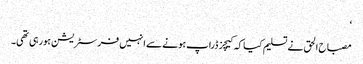
‘
مصباح الحق نے تسلیم کیا کہ کیچز ڈراپ ہونے سے انہیں فرسٹریشن ہورہی تھی۔